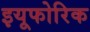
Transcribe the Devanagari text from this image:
इयूफोरिक